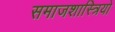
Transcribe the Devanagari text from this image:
समाजशास्त्रियो